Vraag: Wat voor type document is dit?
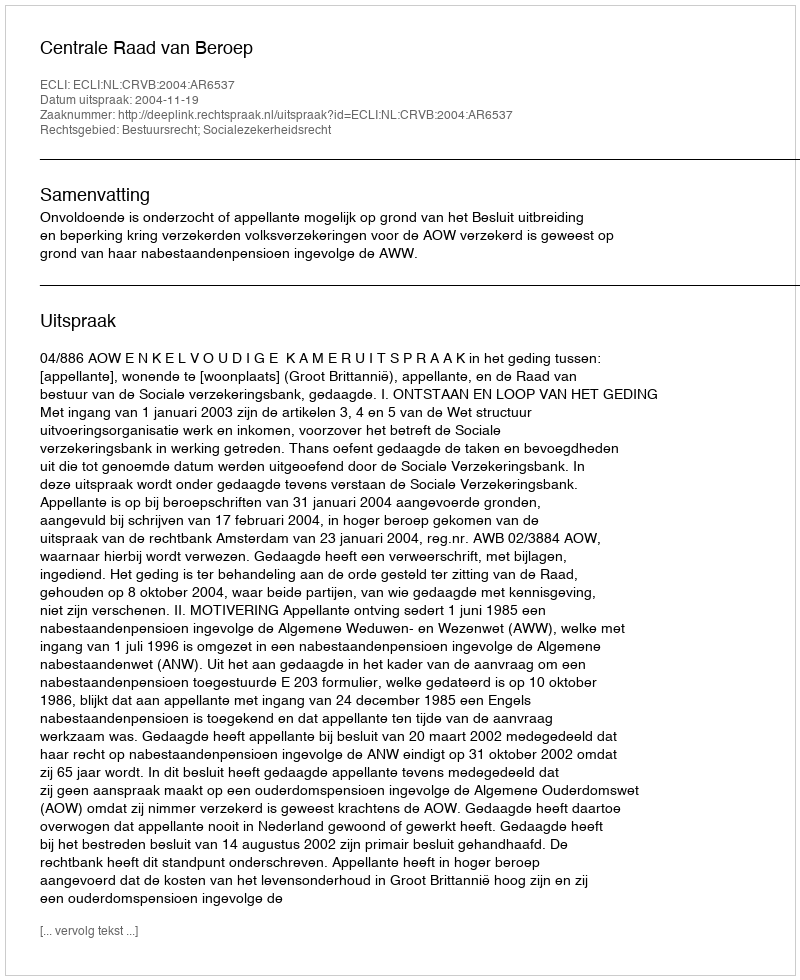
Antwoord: Uitspraak